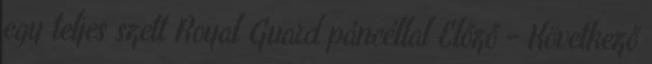
egy teljes szett Royal Guard páncéllal Előző - Következő